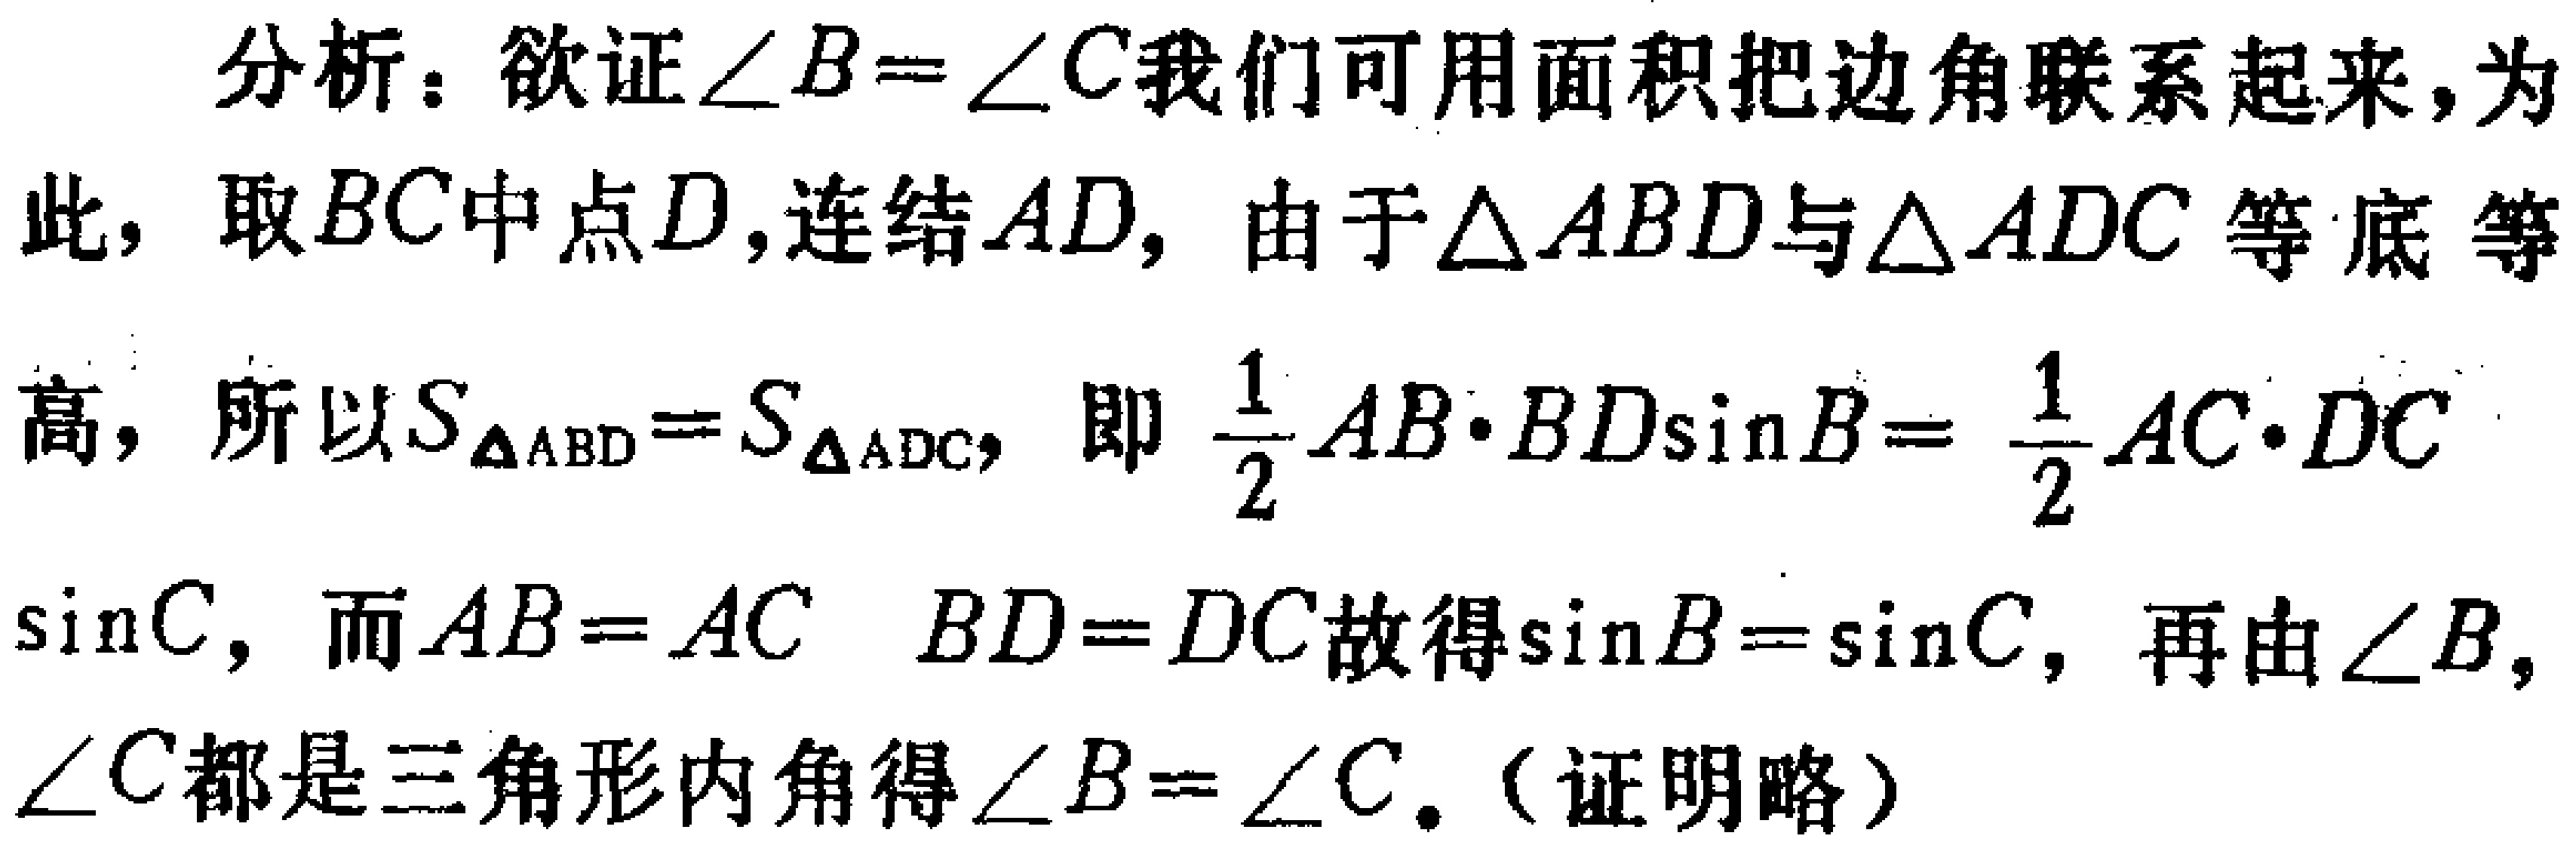
分析：欲证\(\angle B = \angle C\)我们可用面积把边角联系起来，为此，取\(BC\)中点\(D\)，连结\(AD\)，由于\(\triangle ABD\)与\(\triangle ADC\)等底等高，所以\(S_{\triangle ABD}=S_{\triangle ADC}\)，即\(\frac{1}{2}AB\cdot BD\sin B = \frac{1}{2}AC\cdot DC\sin C\)，而\(AB = AC\) \(BD = DC\)故得\(\sin B=\sin C\)，再由\(\angle B\)，\(\angle C\)都是三角形内角得\(\angle B = \angle C\)。（证明略）